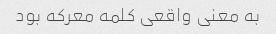
به معنی واقعی کلمه معرکه بود